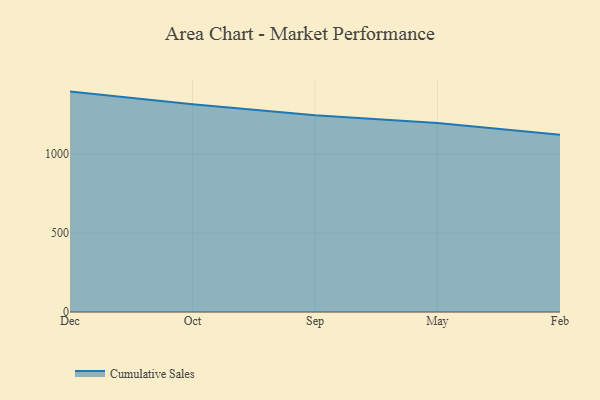
{"axis": {"x": "Month", "y": "Customer Acquisition Cost (USD)"}, "legend": ["Cumulative Sales"], "data": [{"x": "Dec", "y": 1394.8, "type": "Cumulative Sales"}, {"x": "Oct", "y": 1314.3, "type": "Cumulative Sales"}, {"x": "Sep", "y": 1244.6, "type": "Cumulative Sales"}, {"x": "May", "y": 1195.7, "type": "Cumulative Sales"}, {"x": "Feb", "y": 1121.6, "type": "Cumulative Sales"}]}